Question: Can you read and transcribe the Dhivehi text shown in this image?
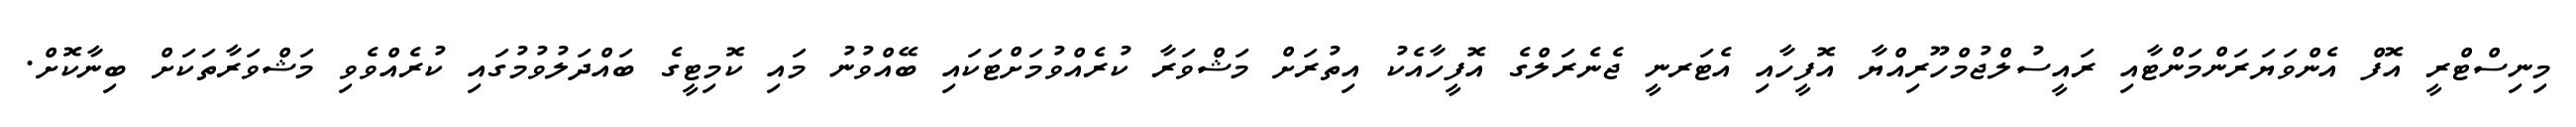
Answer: މިނިސްޓްރީ އޮފް އެންވަޔަރަންމަންޓާއި ރައީސުލްޖުމްހޫރިއްޔާ އޮފީހާއި އެޓަރނީ ޖެނެރަލްގެ އޮފީހާއެކު އިތުރަށް މަޝްވަރާ ކުރެއްވުމަށްޓަކައި ބޭއްވުނު މައި ކޮމިޓީގެ ބައްދަލުވުމުގައި ކުރެއްވެވި މަޝްވަރާތަކަށް ބިނާކޮށް.